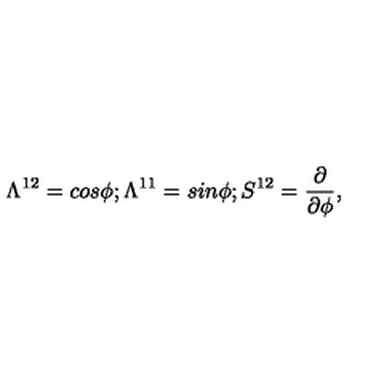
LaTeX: \Lambda ^ { 1 2 } = c o s \phi ; \Lambda ^ { 1 1 } = s i n \phi ; S ^ { 1 2 } = { \frac { \partial } { \partial \phi } } ,